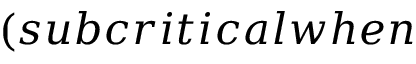
( s u b c r i t i c a l w h e n